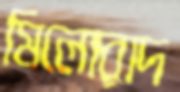
মিলোরাদ